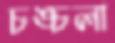
চঙ্চলা